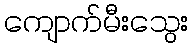
ကျောက်မီးသွေး